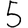
Digit: 5